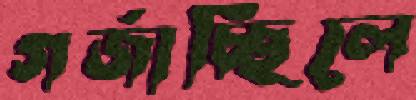
গর্জাচ্ছিলে